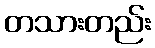
တသားတည်း